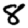
Digit: 8